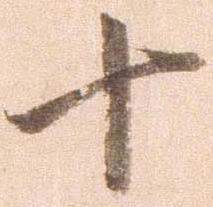
十